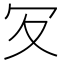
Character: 𠕸